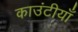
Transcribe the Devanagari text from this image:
काउंटीयाँ